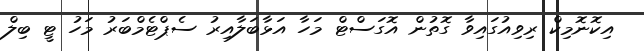
އިކޮނޮމިކް ރިވިއުގައިވާ ގޮތުން އޮގަސްޓް މަހާ އަޅާބަލާއިރު ސެޕްޓެމްބަރު މަހު ޓީ ބިލް